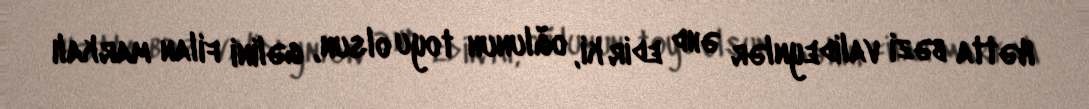
Hətta bəzi valideynlər əhd edir ki, oğlunun toyu olsun, gəlini filan markalı